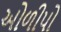
ઓળીપો